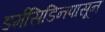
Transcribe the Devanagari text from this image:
डर्मसिडिनपासून